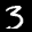
Label: 3